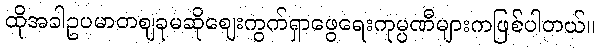
ထိုအခါဥပမာတစျခုမဆိုစျေးကွက်ရှာဖွေရေးကုမ္ပဏီများကဖြစ်ပါတယ်။